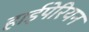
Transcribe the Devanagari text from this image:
हाईपेरियन